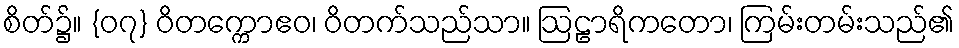
စိတ်၌။ {၀၇} ဝိတက္ကောဧဝ၊ ဝိတက်သည်သာ။ ဩဠာရိကတော၊ ကြမ်းတမ်းသည်၏